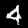
Label: 4